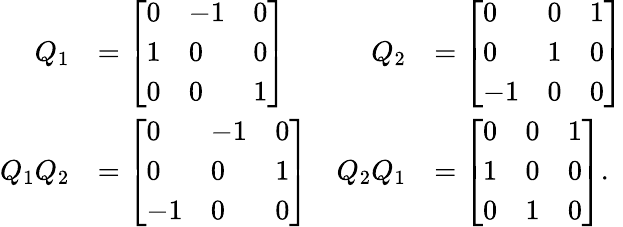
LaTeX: {\begin{array}{rlrl}{Q_{1}}&{={\left[\begin{array}{lll}{0}&{-1}&{0}\\ {1}&{0}&{0}\\ {0}&{0}&{1}\end{array}\right]}}&{Q_{2}}&{={\left[\begin{array}{lll}{0}&{0}&{1}\\ {0}&{1}&{0}\\ {-1}&{0}&{0}\end{array}\right]}}\\ {Q_{1}Q_{2}}&{={\left[\begin{array}{lll}{0}&{-1}&{0}\\ {0}&{0}&{1}\\ {-1}&{0}&{0}\end{array}\right]}}&{Q_{2}Q_{1}}&{={\left[\begin{array}{lll}{0}&{0}&{1}\\ {1}&{0}&{0}\\ {0}&{1}&{0}\end{array}\right]}.}\end{array}}